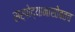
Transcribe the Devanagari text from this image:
सर्पोद्यानासोबतच